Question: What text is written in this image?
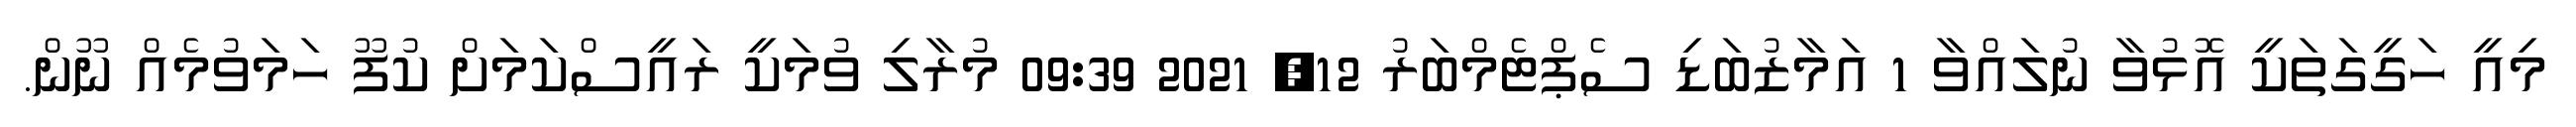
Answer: މިއީ ހަގީގަތަކީ އޮޅުވާ ނުލައްވާ 1 އަމާޒުބަޑި ސެޕްޓެމްބަރު 12, 2021 09:39 މުރާލި ވުމަކީ ރައީސްކަމަށް ކުފޫ ހަމަވުމެއް ނޫން.